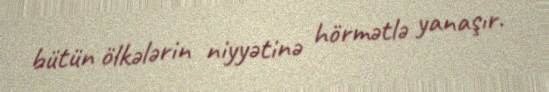
bütün ölkələrin niyyətinə hörmətlə yanaşır.